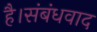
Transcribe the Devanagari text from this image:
है।संबंधवाद